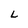
Character: L